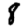
Digit: 8